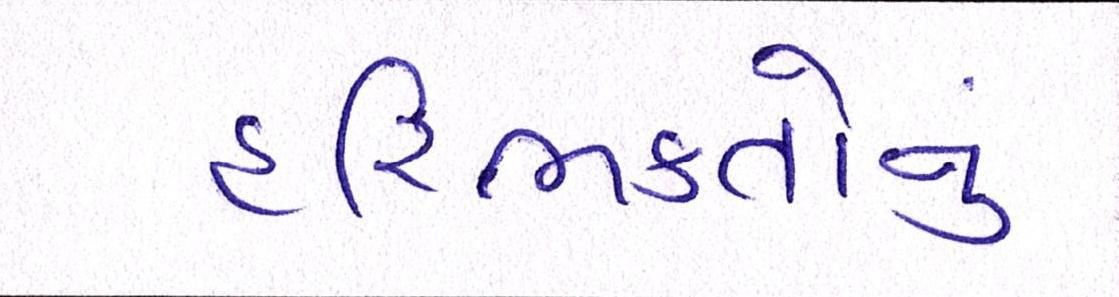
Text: હરિભક્તોનું